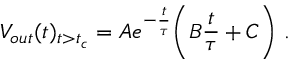
V _ { o u t } ( t ) _ { t > t _ { c } } = A e ^ { - \frac { t } { \tau } } \Bigg ( B \frac { t } { \tau } + C \Bigg ) ~ .